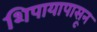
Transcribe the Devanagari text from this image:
शिपायापासून